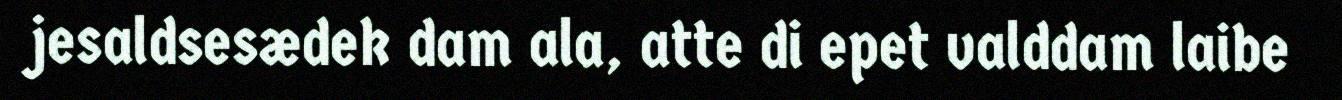
jesaldsesædek dam ala, atte di epet valddam laibe